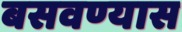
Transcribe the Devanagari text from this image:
बसवण्‍यास